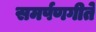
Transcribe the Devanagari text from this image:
समर्पणगीते